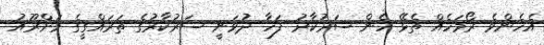
އެހެންވެ ރޯމަހެއް ތެޅޭ ހެން ސަރުކާރު ފަހާ ދުވަނީ ސަރުކާރުގެ ތަރައްގީގެ މަށްރޫއު